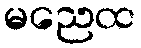
မညေထ